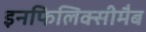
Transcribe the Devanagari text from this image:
इनफिलिक्सीमैब